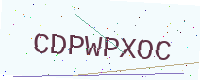
Text: CDPWPXOC